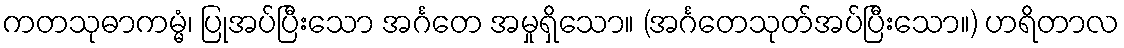
ကတသုဓာကမ္မံ၊ ပြုအပ်ပြီးသော အင်္ဂတေ အမှုရှိသော။ (အင်္ဂတေသုတ်အပ်ပြီးသော။) ဟရိတာလ